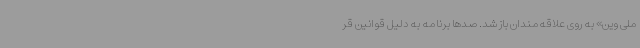
ملی وین» به روی علاقه‌مندان باز شد. صدها برنامه به دلیل قوانین قر